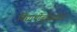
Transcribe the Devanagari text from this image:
विद्यार्थीबुद्धिवर्द्धिनी